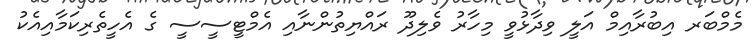
މެމްބަރ އިބުރާއިމް އަލީ ވިދާޅުވީ މިހާރު ވެލިދޫ ރައްޔިތުންނާއި އެމްޓީސީސީ ގެ އެހީތެރިކަމާއިއެކު